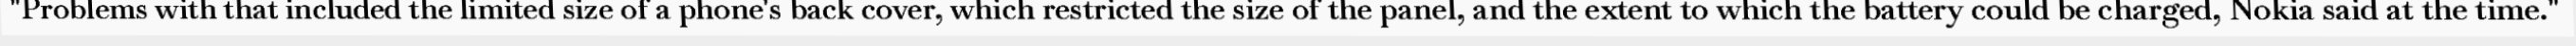
"Problems with that included the limited size of a phone's back cover, which restricted the size of the panel, and the extent to which the battery could be charged, Nokia said at the time."